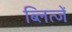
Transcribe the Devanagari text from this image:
ब्लित्जें